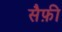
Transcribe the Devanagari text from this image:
सैफ़ी